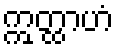
ဣတ္ထာဟံ